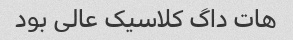
هات داگ کلاسیک عالی بود